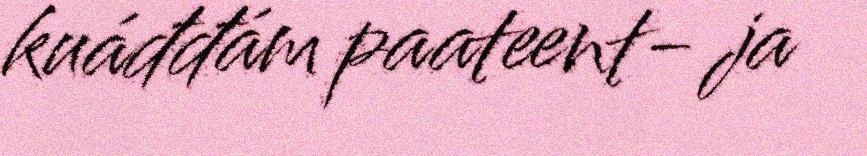
kuáđđám paateent- ja